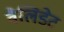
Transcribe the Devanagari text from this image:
वैलिडेट